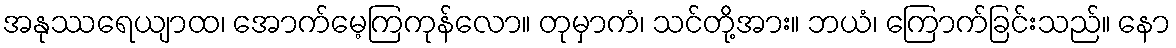
အနုဿရေယျာထ၊ အောက်မေ့ကြကုန်လော။ တုမှာကံ၊ သင်တို့အား။ ဘယံ၊ ကြောက်ခြင်းသည်။ နော